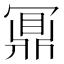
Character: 鼏